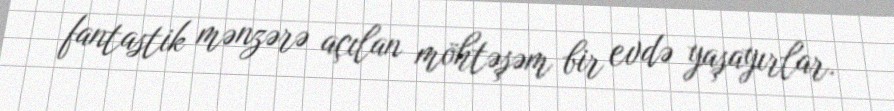
fantastik mənzərə açılan möhtəşəm bir evdə yaşayırlar.